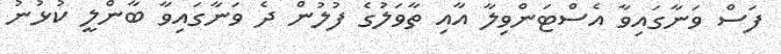
ފަސް ވަނާގައިވާ އެސްޓަންވިލާ އާއި ތާވަލުގެ ފުލުން ދެ ވަނާގައިވާ ބާންލީ ކުޅުނު